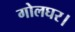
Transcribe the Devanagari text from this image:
गोलघर।